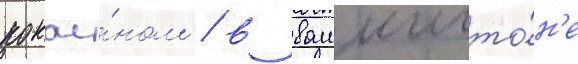
кокаи́ном / в вашингто́н'е